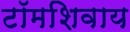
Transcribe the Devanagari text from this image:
टॉमशिवाय